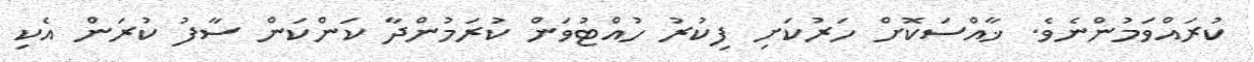
ކުރައްވަމުންނެވެ. ޚާއްސަކޮށް ހަރުކަށި ފިކުރު ހުއްޓުވަން ކުރަމުންދާ ކަންކަން ސާފު ކުރަން އެކި